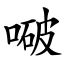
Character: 㗞